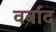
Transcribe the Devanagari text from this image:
वर्बाद